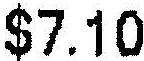
$7.10